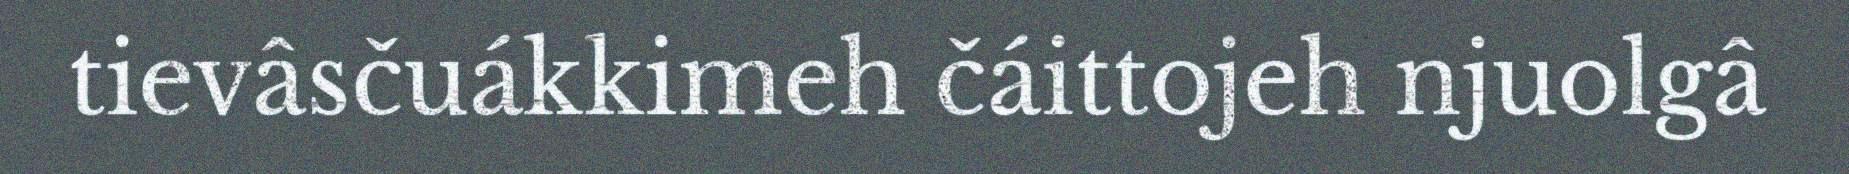
tievâsčuákkimeh čáittojeh njuolgâ